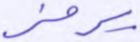
يرمز